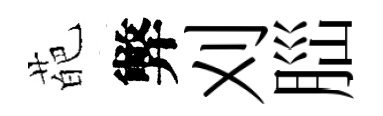
葩弊刈𦛁